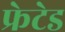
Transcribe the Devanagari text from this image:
फ्रेटेड